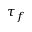
\tau _ { f }